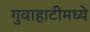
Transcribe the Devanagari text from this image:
गुवाहाटीमध्ये